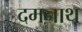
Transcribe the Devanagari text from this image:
दमनाथ